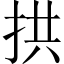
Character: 拱